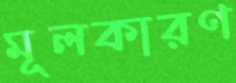
মূলকারণ